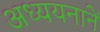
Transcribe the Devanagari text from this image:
अध्ययनानें